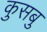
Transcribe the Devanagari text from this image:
कुसबु